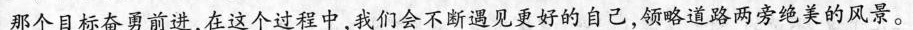
那个目标奋勇前进，在这个过程中，我们会不断遇见更好的自己，领略道路两旁绝美的风景。